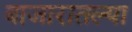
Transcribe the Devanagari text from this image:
बाजारातल्या